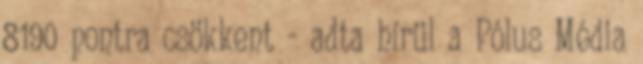
8190 pontra csökkent - adta hírül a Pólus Média